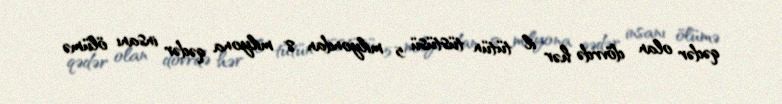
qədər olan dövrdə hər il tütün tüstüsü 5 milyondan 8 milyona qədər insanı ölümə